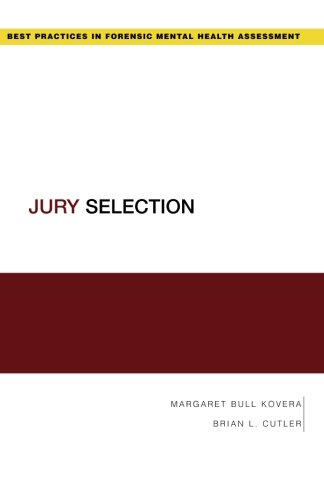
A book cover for Jury Selection (Best Practices for Forensic Mental Health Assessments); Margaret Bull Kovera; Law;